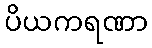
ပိယကရဏာ